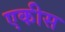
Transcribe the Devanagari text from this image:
एकीस